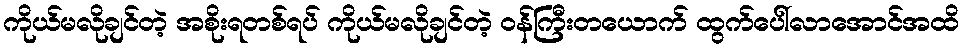
ကိုယ်မလိုချင်တဲ့ အစိုးရတစ်ရပ် ကိုယ်မလိုချင်တဲ့ ဝန်ကြီးတယောက် ထွက်ပေါ်လာအောင်အထိ